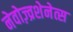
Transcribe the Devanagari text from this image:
नेवोज़्व्रशेनेत्स